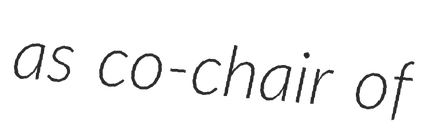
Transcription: as co-chair of